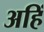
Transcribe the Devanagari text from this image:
अहिं